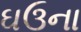
ઘઉના